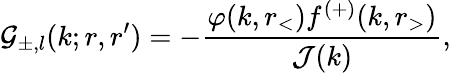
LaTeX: \mathcal{G}_{\pm,l}(k;r,r^{\prime})=-\frac{\varphi(k,r_{<})f^{(+)}(k,r_{>})}{\mathcal{J}(k)},